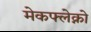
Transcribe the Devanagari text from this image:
मेकफ्लेक्नो